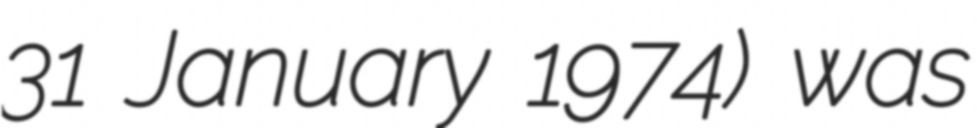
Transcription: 31 January 1974) was